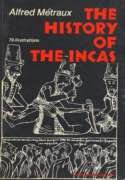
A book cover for HISTORY OF INCAS; Alfred Metraux; History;